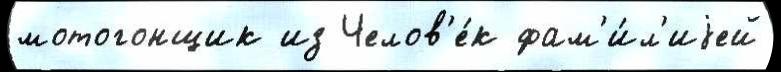
мотогонщик из Челов'е́к фам'и́л'иjей